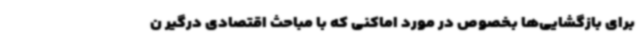
برای بازگشایی‌ها بخصوص در مورد اماکنی که با مباحث اقتصادی درگیر ن